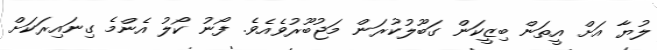
ލުޔާ އަށް އީތަން ބިޒީކަން ގަބޫލުކުރަން މަޖުބޫރުވެއެވެ. ފޯނު ކޯލު އެންމެ ގިނައިރަކަށް